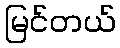
မြင်တယ်